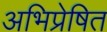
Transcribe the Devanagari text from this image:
अभिप्रेषित